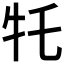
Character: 𪺩